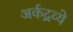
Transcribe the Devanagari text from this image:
अर्कद्रव्ये